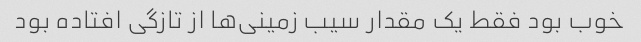
خوب بود فقط یک مقدار سیب زمینی‌ها از تازگی افتاده بود